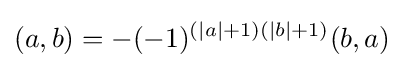
(a,b)=-(-1)^{(|a|+1)(|b|+1)}(b,a)